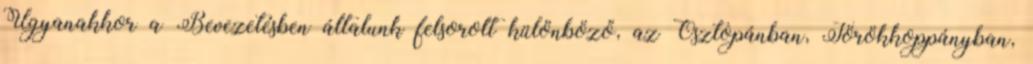
Ugyanakkor a Bevezetésben általunk felsorolt különböző, az Osztopánban, Törökkoppányban,